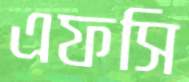
এফসি